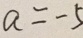
a = - 5